Report of the Indian Hemp Drugs Commission, 1894-1895 - Volume VII
Year: 1894
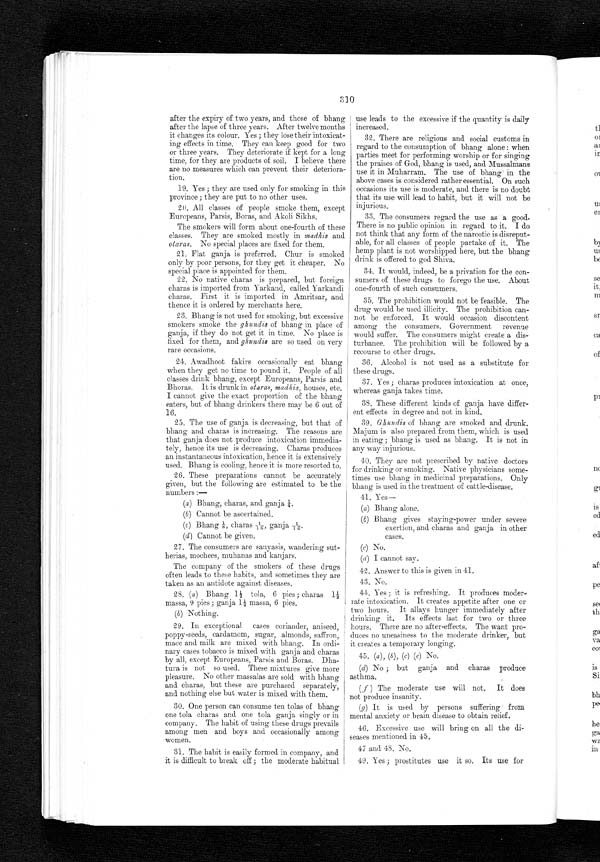
310
after the expiry of two years, and those of bhang
after the lapse of three years. After twelve months
it changes its colour. Yes ; they lose their intoxicat-
ing effects in time. They can keep good for two
or three years. They deteriorate if kept for a long
time, for they are products of soil. I believe there
are no measures which can prevent their deteriora-
tion.
19. Yes
;
they are used only for smoking in this
province ; they are put to no other uses.
20. All classes of people smoke them, except
Europeans, Parsis, Boras, and Akoli Sikhs.
The smokers will form about one-fourth of these
classes. They are smoked mostly in madhis and
otaras. No special places are fixed for them.
21. Flat ganja is preferred. Chur is smoked
only by poor persons, for they get it cheaper. No
special place is appointed for them.
22. No native charas is prepared, but foreign
charas is imported from Yarkand, called Yarkandi
charas. First it is imported in Amritsar, and
thence it is ordered by merchants here.
23. Bhang is not used for smoking, but excessive
smokers smoke the ghundis of bhang in place of
ganja, if they do not get it in time. No place is
fixed for them, and ghundi8 are so used on very
rare occasions.
24. Awadhoot fakirs occasionally eat bhang
when they get no time to pound it. People of all
classes drink bhang, except Europeans, Parsis and
Bhoras. It is drunk in otaras, madhis, houses, etc.
I cannot give the exact proportion of the bhang
eaters, but of bhang drinkers there may be 6 out of
16.
25. The use of ganja is decreasing, but that of
bhang and charas is increasing. The reasons are
that ganja does not produce intoxication immedia-
tely, hence its use is decreasing. Charas produces
an instantaneous intoxication, hence it is extensively
used. Bhang is cooling, hence it is more resorted to.
26. These preparations cannot be accurately
given, but the following are estimated to be the
numbers :--
(a) Bhang, charas, and ganja ¼.
(b) Cannot be ascertained.
(c) Bhang ⅛ charas 1/16, ganja
1 / 1 6
(d) Cannot be given.
27. The consumers are sanyasis, wandering
sut-herias, mochees, muhanas and kanjars.
The company of the smokers of these drugs
often leads to these habits, and sometimes they are
taken as an antidote against diseases.
28. (a) Bhang 1½ tola, 6 pies ; charas 1½
massa, 9 pies ; ganja 1½ massa, 6 pies.
(b) Nothing.
29. In exceptional cases coriander, aniseed,
poppy-seeds, cardamom, sugar, almonds, saffron,
mace and milk are mixed with bhang. In ordi-
nary cases tobacco is mixed with ganja and charas
by all, except Europeans, Parsis and Boras. Dha-
tura is not so used. These mixtures give more
pleasure. No other massalas are sold with bhang
and charas, but these are purchased separately,
and nothing else but water is mixed with them.
30. One person can consume ten tolas of bhang
one tola, charas and one tola, ganja singly or in
company. The habit of using these drugs prevails
among men and boys and occasionally among
women.
31. The habit is easily formed in company, and
it is difficult to break off ; the moderate habitual
use leads to the excessive if the quantity is daily
increased.
32. There are religious and social customs in
regard to the consumption of bhang alone : when
parties meet for performing worship or for singing
the praises of God, bhang is used, and Mussalmans
use it in Muharram. The use of bhang in the
above cases is considered rather essential. On such
occasions its use is moderate, and there is no doubt
that its use will lead to habit, but it will not be
injurious.
33. The consumers regard the use as a good.
There is no public opinion in regard to it. I do
not think that any form of the narcotic is disreput-
able, for all classes of people partake of it. The
hemp plant is not worshipped here, but the bhang
drink is offered to god Shiva.
34. It would, indeed, be a privation for the con-
sumers of these drugs to forego the use. About
one-fourth of such consumers.
35. The prohibition would not be feasible. The
drug would be used illicity. The prohibition can-
not be enforced. It would occasion discontent
among the consumers. Government revenue
would suffer. The consumers might create a dis-
turbance. The prohibition will be followed by a
recourse to other drugs.
36. Alcohol is not used as a substitute for
these drugs.
37. Yes ; charas produces intoxication at once,
whereas ganja, takes time.
38. These different kinds of ganja have differ-
ent effects in degree and not in kind.
39. Ghundis of bhang are smoked and drunk.
Majum is also prepared from them, which is used
in eating ; bhang is used as bhang. It is not in
any way injurious.
40. They are not prescribed by native doctors
for drinking or smoking. Native physicians some-
times use bhang in medicinal preparations. Only
bhang is used in the treatment of cattle-disease.
41. Yes-
(a) Bhang alone.
( b )
B h a n g
g i v e s s t a y i n g - p o w e r u n d e r s e v e r e
exertion, and charas and ganja in other
cases.
(c) No .
(d) I cannot say.
42. Answer to this is given in 41.
43. No.
44. Yes ; it is refreshing. It produces moder-
rate intoxication. It creates appetite after one or
two hours. It allays hunger immediately after
drinking it. Its effects last for two or three
hours. There are no after-effects. The want pro-
duces no uneasiness to the moderate drinker, but
it creates a temporary longing.
45. (a) , (b) , (c) (e) No.
(d) No ; but ganja and charas produce
asthma.
(f) The moderate use will not. It does
not produce insanity.
(g) It is used by persons suffering from
mental anxiety or brain disease to obtain relief.
46. Excessive use will bring on all the di-
seases mentioned in 45.
47 and 48. No .
49, Yes ; prostitutes use it so. Its use for